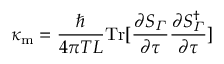
\kappa _ { \mathrm { m } } = \frac { \hbar } { 4 \pi T L } \mathrm { T r [ } \frac { \partial S _ { \varGamma } } { \partial \tau } \frac { \partial S _ { \varGamma } ^ { \dagger } } { \partial \tau } ]